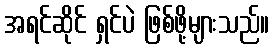
အရင်ဆိုင် ရှင်ပဲ ဖြစ်ဖို့များသည်။